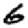
Digit: 6